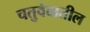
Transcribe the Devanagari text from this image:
चतुर्वेदातील